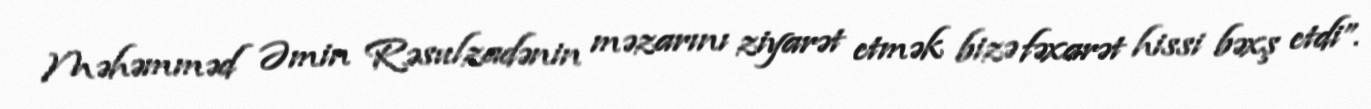
Məhəmməd Əmin Rəsulzadənin məzarını ziyarət etmək bizə fəxarət hissi bəxş etdi”.